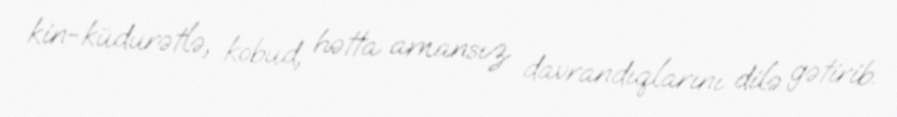
kin-küdurətlə, kobud, hətta amansız davrandıqlarını dilə gətirib.